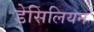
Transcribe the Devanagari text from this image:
डेसिलियन